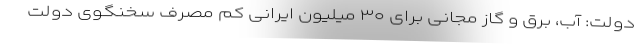
دولت: آب، برق و گاز مجانی برای ۳۰ میلیون ایرانی کم مصرف سخنگوی دولت